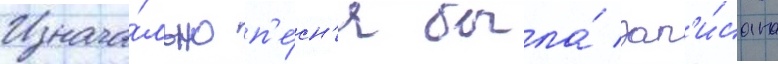
Изнача́льно п'е́сн'я была́ зап'и́сана